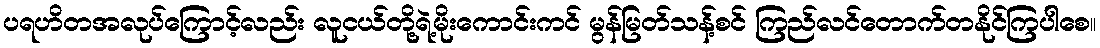
ပရဟိတအလုပ်ကြောင့်လည်း လူငယ်တို့ရဲ့မိုးကောင်းကင် မွန်မြတ်သန့်စင် ကြည်လင်တောက်တနိုင်ကြပါစေ။